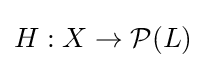
H:X\rightarrow {\mathcal {P}}(L)